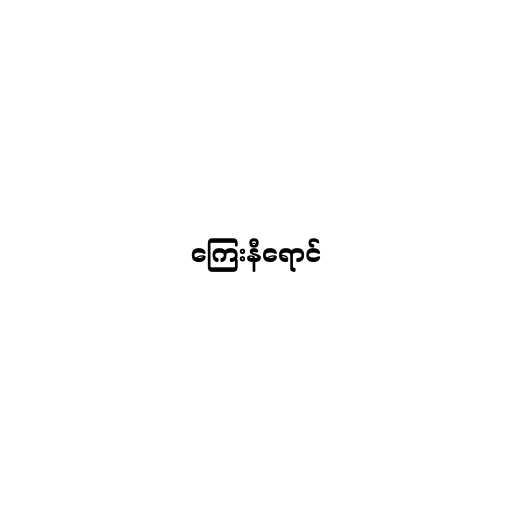
ကြေးနီရောင်